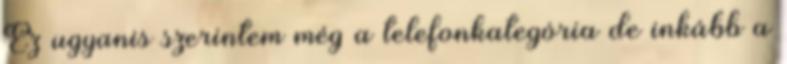
Ez ugyanis szerintem még a telefonkategória de inkább a